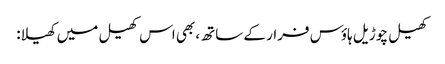
کھیل چوڑیل ہاؤس فرار کے ساتھ، بھی اس کھیل میں کھیلا: